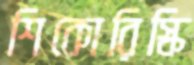
শিকোরিস্কি